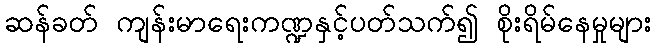
ဆန်ခတ် ကျန်းမာရေးကဏ္ဍနှင့်ပတ်သက်၍ စိုးရိမ်နေမှုများ